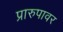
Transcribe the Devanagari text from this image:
प्रारुपावर